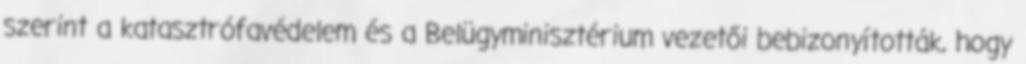
szerint a katasztrófavédelem és a Belügyminisztérium vezetői bebizonyították, hogy